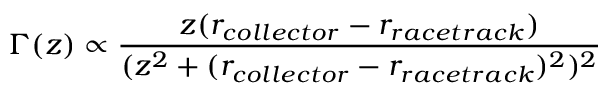
\Gamma ( z ) \propto \frac { z ( r _ { c o l l e c t o r } - r _ { r a c e t r a c k } ) } { ( z ^ { 2 } + ( r _ { c o l l e c t o r } - r _ { r a c e t r a c k } ) ^ { 2 } ) ^ { 2 } }